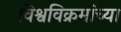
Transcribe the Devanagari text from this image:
विश्वविक्रमांच्या